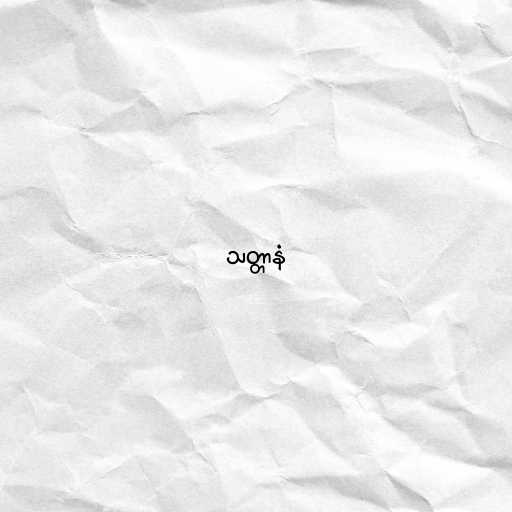
သတ္တာနံ